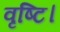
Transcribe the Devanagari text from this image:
वृष्टि।